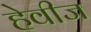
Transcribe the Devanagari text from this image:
हेवीज